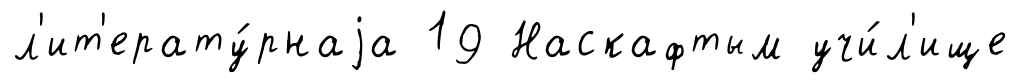
л'ит'ерату́рнаjа 19 Наскафтым учи́л'ище